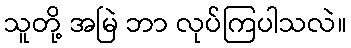
သူတို့ အမြဲ ဘာ လုပ်ကြပါသလဲ။